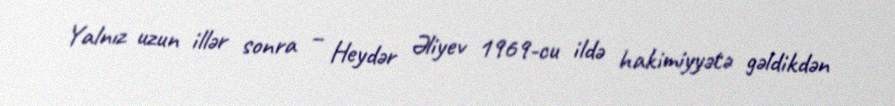
Yalnız uzun illər sonra – Heydər Əliyev 1969-cu ildə hakimiyyətə gəldikdən